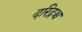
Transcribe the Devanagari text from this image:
दरिद्रश्च